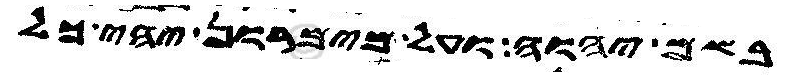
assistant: בשם יהוה ועל מימרון יהי כל